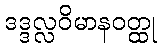
ဒဒ္ဒလ္လဝိမာနဝတ္ထု